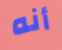
أنه